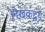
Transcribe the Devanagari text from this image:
लेखकद्वय